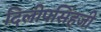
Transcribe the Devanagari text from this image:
दिलीपसिंहजी